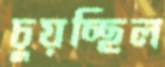
চুয়চ্ছিল